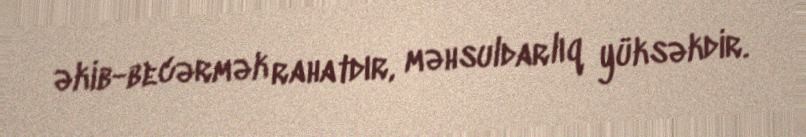
əkib-becərmək rahatdır, məhsuldarlıq yüksəkdir.